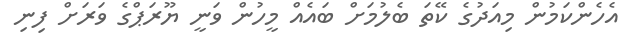
އެހެންކަމުން މިއަދުގެ ކޭތަ ބެލުމަށް ބައެއް މީހުން ވަނީ ޔޫރަޕްގެ ވަރަށް ފިނި